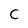
Character: C